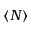
\langle N \rangle